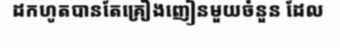
ដកហូតបានតែគ្រឿងញៀនមួយចំនួន ដែល